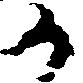
か